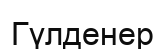
Гүлденер